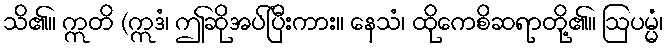
သိ၏။ ဣတိ (ဣဒံ၊ ဤဆိုအပ်ပြီးကား။ နေသံ၊ ထိုကေစိဆရာတို့၏။ ဩပမ္မံ၊